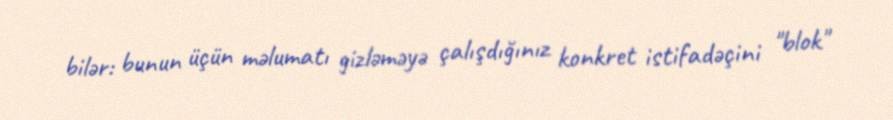
bilər: bunun üçün məlumatı gizləməyə çalışdığınız konkret istifadəçini "blok"